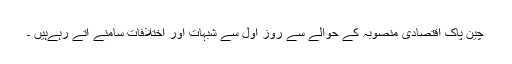
چین پاک اقتصادی منصوبہ کے حوالے سے روز اول سے شبہات اور اختلافات سامنے آتے رہےہیں ۔